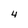
Character: 4